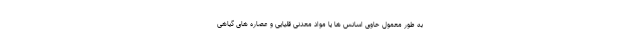
به طور معمول حاوی اسانس ها یا مواد معدنی قلیایی و عصاره های گیاهی